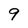
Character: 9